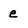
Character: e